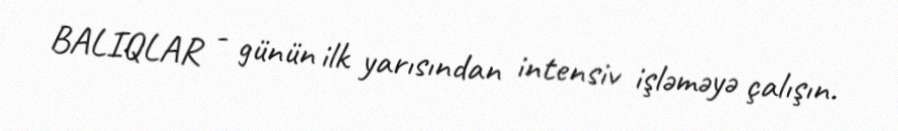
BALIQLAR - günün ilk yarısından intensiv işləməyə çalışın.